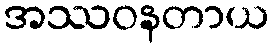
အဿဝနတာယ